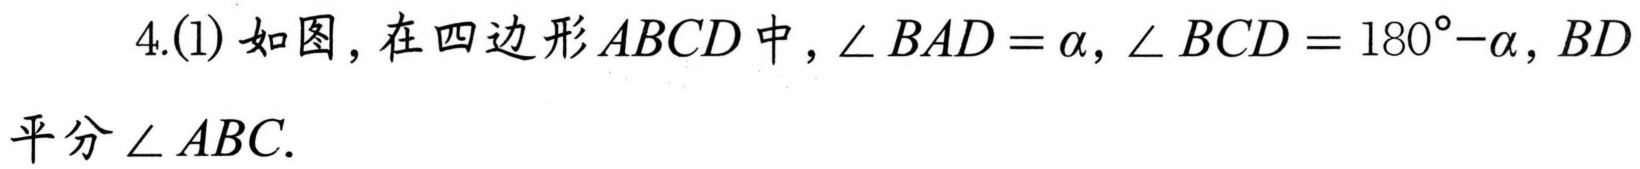
4.(1) 如图，在四边形$ABCD$中，$\angle BAD = \alpha, \angle BCD = 180^{\circ}-\alpha, BD$平分$\angle ABC.$